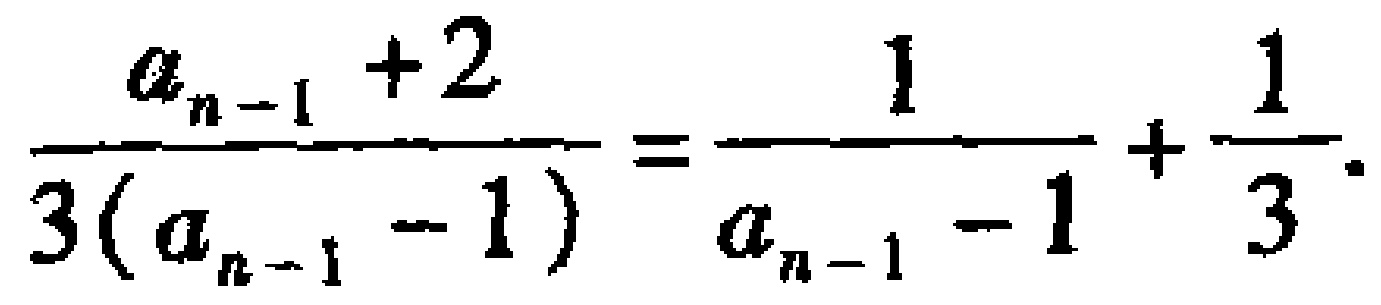
\[\frac{a_{n - 1} + 2}{3(a_{n - 1} - 1)} = \frac{1}{a_{n - 1} - 1} + \frac{1}{3}.\]